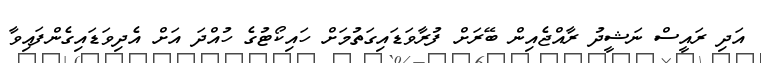
އަދި ރައީސް ނަޝީދު ރާއްޖެއިން ބޭރަށް ފުރާވަޑައިގަތުމަށް ހައިކޯޓުގެ ހުއްދަ އަށް އެދިވަޑައިގެންފައިވާ